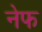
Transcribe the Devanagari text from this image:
नेफ